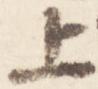
上